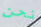
نحن